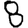
Digit: 8